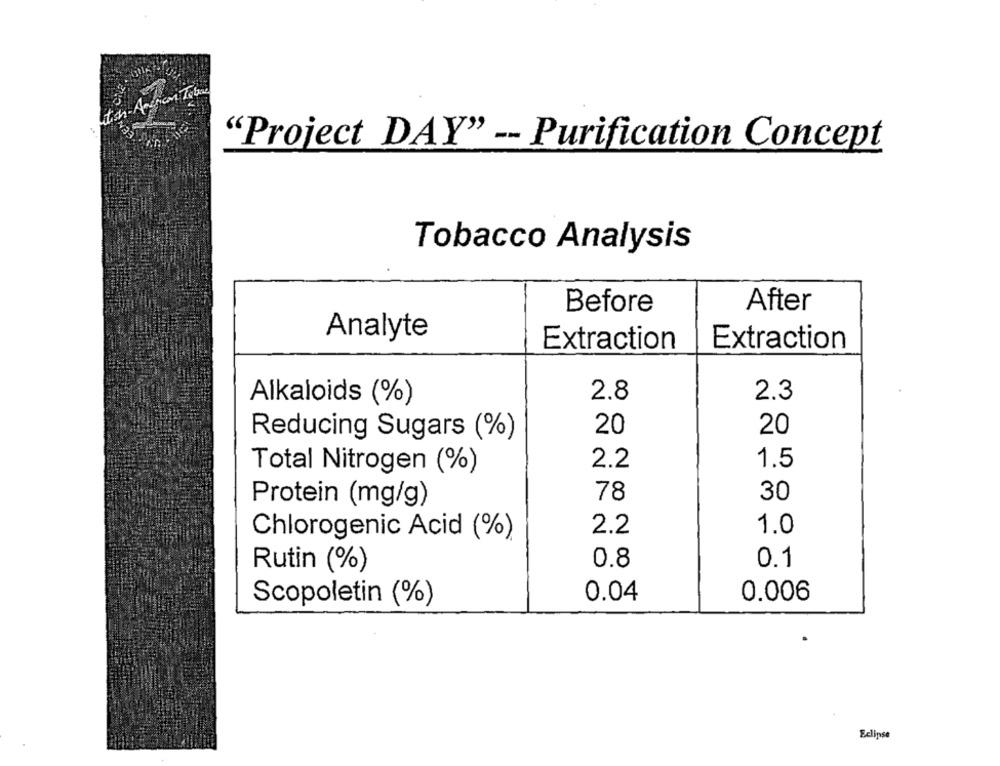
- Andrian Tabul
"Project DAY" -- Purification Concept
Tobacco Analysis
After
Before
Analyte
Extraction
Extraction
2.8
2.3
Alkaloids (%)
20
Reducing Sugars (%)
20
2.2
1.5
Total Nitrogen (%)
78
30
Protein (mg/g)
1.0
Chlorogenic Acid (%)
2.2
0.8
0.1
Rutin (%)
0.04
0.006
Scopoletin (%)
Eclipse